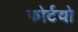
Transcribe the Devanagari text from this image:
फोर्टवो